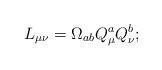
LaTeX: \begin{align*}L_{\mu \nu }=\Omega _{ab}Q_{\mu }^{a}Q_{\nu }^{b};\end{align*}